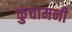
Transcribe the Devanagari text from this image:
कुचामनी